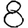
Digit: 8